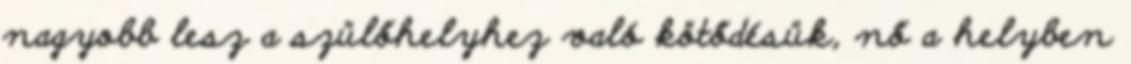
nagyobb lesz a szülőhelyhez való kötődésük, nő a helyben